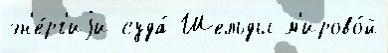
эн'е́рг'иjи суда́ Шельды м'ирово́й